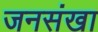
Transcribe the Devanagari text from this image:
जनसंखा